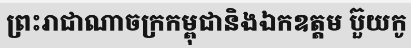
ព្រះរាជាណាចក្រកម្ពុជានិងឯកឧត្តម ប៊ួយកូ